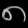
Digit: ၈